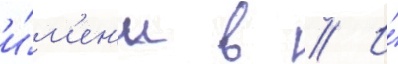
и́м'ен'и в // И́